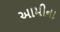
આમીના